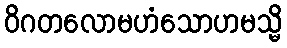
ဝိဂတလောမဟံသောဟမသ္မိ